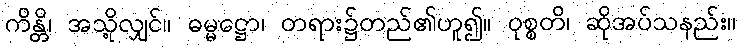
ကိန္တိ၊ အသို့လျှင်။ ဓမ္မဋ္ဌော၊ တရား၌တည်၏ဟူ၍။ ဝုစ္စတိ၊ ဆိုအပ်သနည်း။